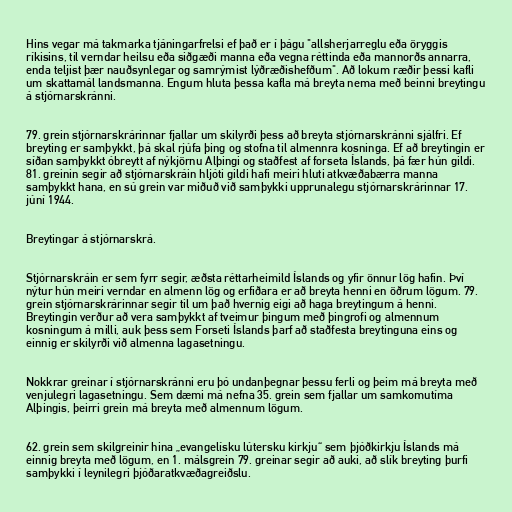
Hins vegar má takmarka tjáningarfrelsi ef það er í þágu "allsherjarreglu eða öryggis
ríkisins, til verndar heilsu eða siðgæði manna eða vegna réttinda eða mannorðs annarra,
enda teljist þær nauðsynlegar og samrýmist lýðræðishefðum". Að lokum ræðir þessi kafli
um skattamál landsmanna. Engum hluta þessa kafla má breyta nema með beinni breytingu
á stjórnarskránni.

79. grein stjórnarskrárinnar fjallar um skilyrði þess að breyta stjórnarskránni sjálfri. Ef
breyting er samþykkt, þá skal rjúfa þing og stofna til almennra kosninga. Ef að breytingin er
síðan samþykkt óbreytt af nýkjörnu Alþingi og staðfest af forseta Íslands, þá fær hún gildi.
81. greinin segir að stjórnarskráin hljóti gildi hafi meiri hluti atkvæðabærra manna
samþykkt hana, en sú grein var miðuð við samþykki upprunalegu stjórnarskrárinnar 17.
júní 1944.

Breytingar á stjórnarskrá.

Stjórnarskráin er sem fyrr segir, æðsta réttarheimild Íslands og yfir önnur lög hafin. Því
nýtur hún meiri verndar en almenn lög og erfiðara er að breyta henni en öðrum lögum. 79.
grein stjórnarskrárinnar segir til um það hvernig eigi að haga breytingum á henni.
Breytingin verður að vera samþykkt af tveimur þingum með þingrofi og almennum
kosningum á milli, auk þess sem Forseti Íslands þarf að staðfesta breytinguna eins og
einnig er skilyrði við almenna lagasetningu.

Nokkrar greinar í stjórnarskránni eru þó undanþegnar þessu ferli og þeim má breyta með
venjulegri lagasetningu. Sem dæmi má nefna 35. grein sem fjallar um samkomutíma
Alþingis, þeirri grein má breyta með almennum lögum.

62. grein sem skilgreinir hina „evangelísku lútersku kirkju“ sem þjóðkirkju Íslands má
einnig breyta með lögum, en 1. málsgrein 79. greinar segir að auki, að slík breyting þurfi
samþykki í leynilegri þjóðaratkvæðagreiðslu.